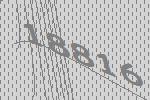
18816